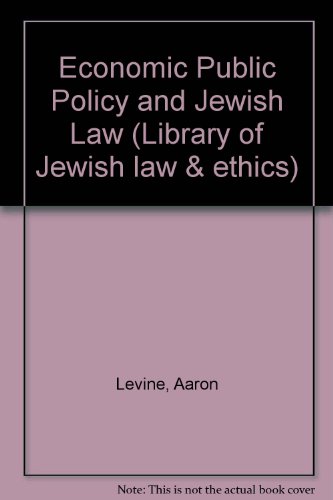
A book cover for Economic Public Policy and Jewish Law (Library of Jewish Law and Ethics); Aaron Levine; Religion & Spirituality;